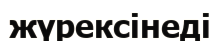
жүрексінеді